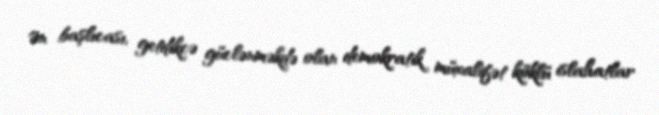
Ən başlıcası, getdikcə güclənməkdə olan demokratik müxalifət köklü islahatlar